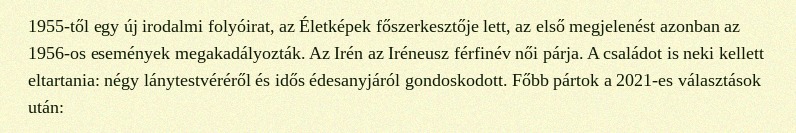
1955-től egy új irodalmi folyóirat, az Életképek főszerkesztője lett, az első megjelenést azonban az 1956-os események megakadályozták. Az Irén az Iréneusz férfinév női párja. A családot is neki kellett eltartania: négy lánytestvéréről és idős édesanyjáról gondoskodott. Főbb pártok a 2021-es választások után: